Indian journal of veterinary science and animal husbandry - Volume 2,
Year: 1932
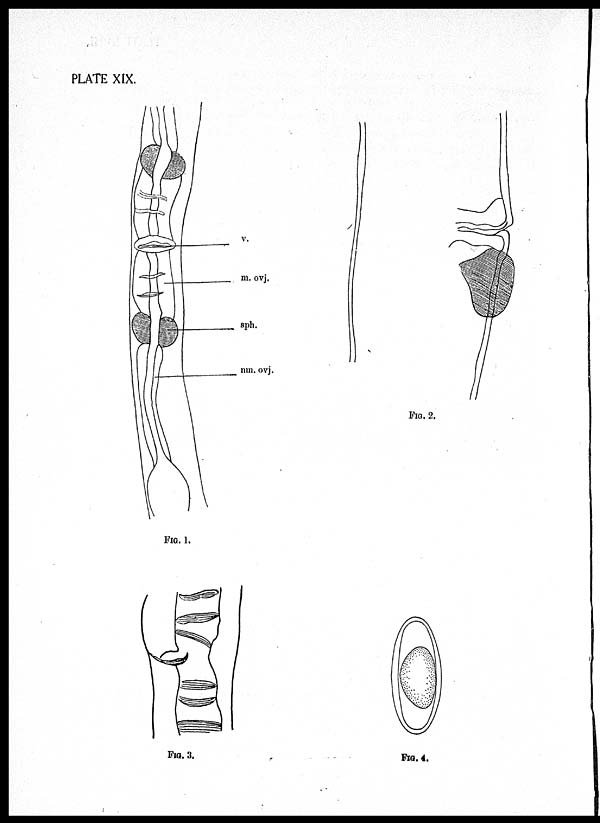
PLATE XIX.
FIG. 1.
FIG. 2.
FIG. 3.
FIG. 4.